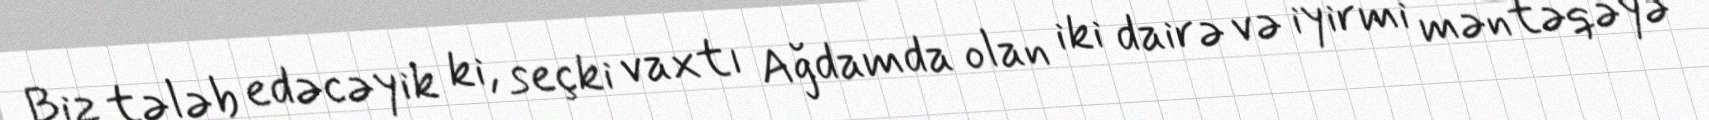
Biz tələb edəcəyik ki, seçki vaxtı Ağdamda olan iki dairə və iyirmi məntəqəyə